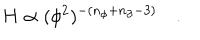
LaTeX: H \propto ( \phi ^ { 2 } ) ^ { - ( n _ { \phi } + n _ { \partial } - 3 ) } \quad .